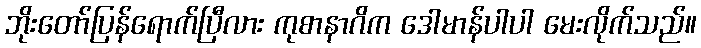
ဘိုးတော်ပြန်ရောက်ပြီလား ကုစာနာဂိက ဒေါမာန်ပါပါ မေးလိုက်သည်။